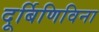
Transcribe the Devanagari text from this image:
दूर्बिणिविना